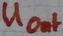
Text: UOUT